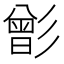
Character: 㣒